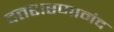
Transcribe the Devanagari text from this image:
दत्तशरणानंद